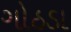
ગોઠડા